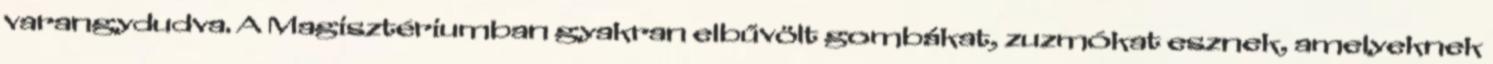
varangydudva. A Magisztériumban gyakran elbűvölt gombákat, zuzmókat esznek, amelyeknek